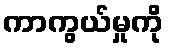
ကာကွယ်မှုကို